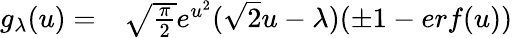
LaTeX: \begin{array}{rl}{g_{\lambda}(u)=}&{{}\sqrt{\frac{\pi}{2}}e^{u^{2}}(\sqrt{2}u-\lambda)(\pm 1-erf(u))}\end{array}